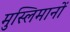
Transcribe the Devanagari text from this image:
मुस्लिमानों